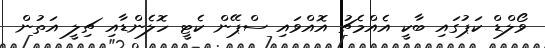
ވޯލްޑް ކަޕުގައި ބާކީ އެއްމެޗު އޮއްވައި ސްޕޭން ކެޓީ ހޮލެންޑާއި ޗިލީ އަތުން